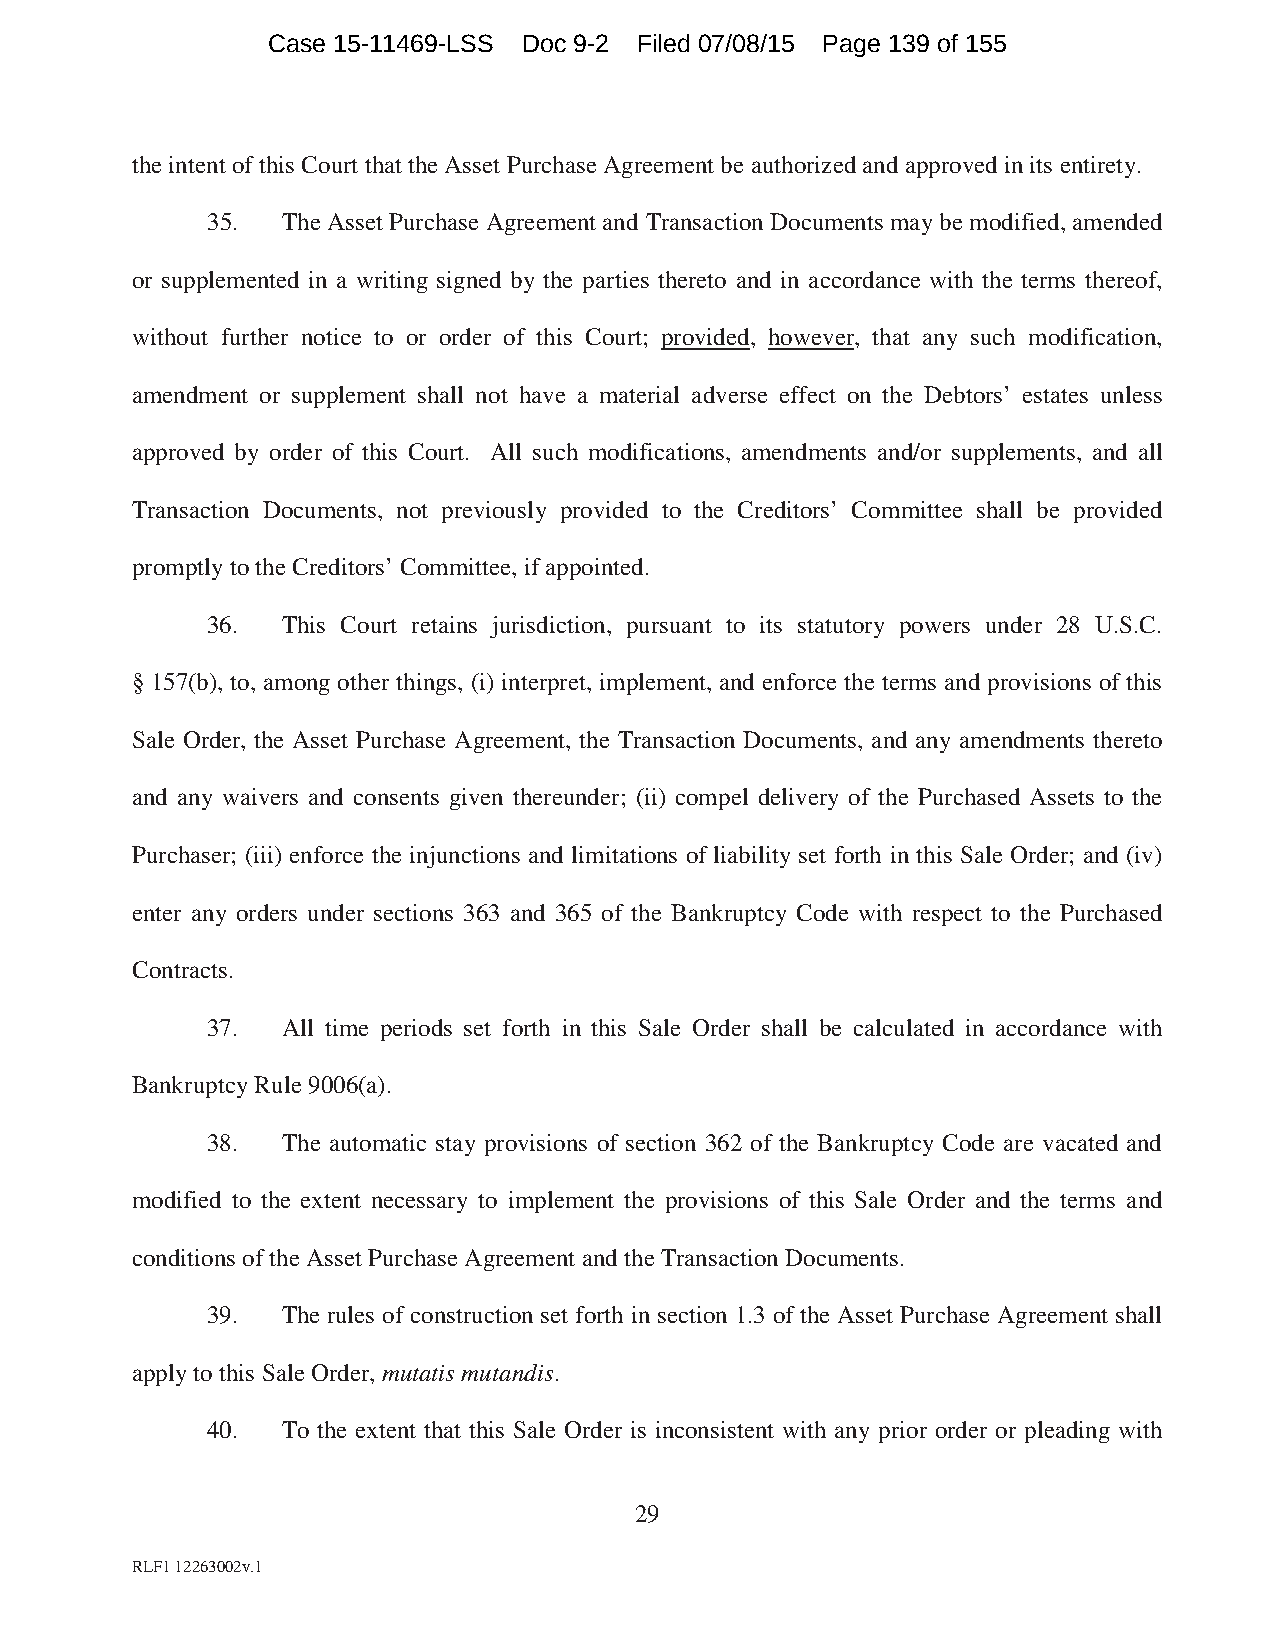
Case 15-11469-LSS Doc 9-2 Filed 07/08/15 Page 139 of 155
 the intent of this Court that the Asset Purchase Agreement be authorized and approved in its entirety.
 35.  The Asset Purchase Agreement and Transaction Documents may be modified, amended
 or supplemented in a writing signed by the parties thereto and in accordance with the terms thereof,
 without further notice to or order of this Court; provided, however, that any such modification,
 amendment or supplement shall not have a material adverse effect on the Debtors’ estates unless
 approved by order of this Court. All such modifications, amendments and/or supplements, and all
 Transaction Documents, not previously provided to the Creditors’ Committee shall be provided
 promptly to the Creditors’ Committee, if appointed.
 36.  This Court retains jurisdiction, pursuant to its statutory powers under 28 U.S.C.
 § 157(b), to, among other things, (i) interpret, implement, and enforce the terms and provisions of this
 Sale Order, the Asset Purchase Agreement, the Transaction Documents, and any amendments thereto
 and any waivers and consents given thereunder; (ii) compel delivery of the Purchased Assets to the
 Purchaser; (iii) enforce the injunctions and limitations of liability set forth in this Sale Order; and (iv)
 enter any orders under sections 363 and 365 of the Bankruptcy Code with respect to the Purchased
 Contracts.
 37.  All time periods set forth in this Sale Order shall be calculated in accordance with
 Bankruptcy Rule 9006(a).
 38.  The automatic stay provisions of section 362 of the Bankruptcy Code are vacated and
 modified to the extent necessary to implement the provisions of this Sale Order and the terms and
 conditions of the Asset Purchase Agreement and the Transaction Documents.
 39.  The rules of construction set forth in section 1.3 of the Asset Purchase Agreement shall
 apply to this Sale Order, mutatis mutandis.
 40.  To the extent that this Sale Order is inconsistent with any prior order or pleading with
 29
 RLF1 12263002v.1